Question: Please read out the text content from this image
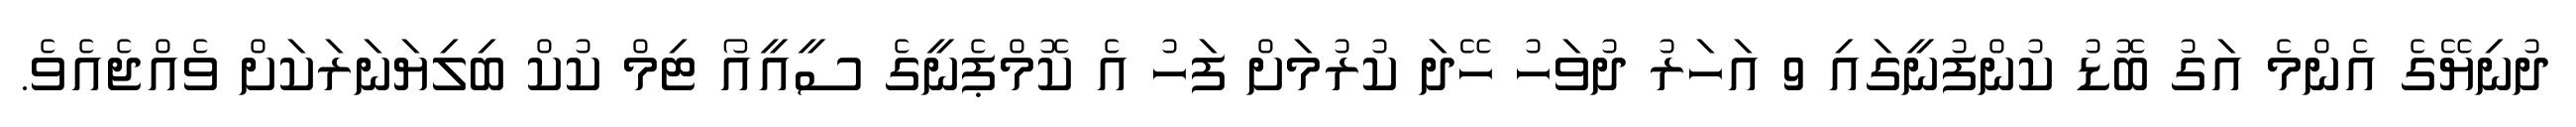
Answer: ދުނިޔޭގެ އެންމެ އަގު ބޮޑު ކުންފުނީގައި 9 އަހަރު ދުވަހު ހޭދަ ކުރުމަށް ފަހު އެ ކޮމްޕެނީގެ ސީއީއޯ ޓިމް ކުކް ބިލިޔަނަރަކަށް ވެއްޖެއެވެ.